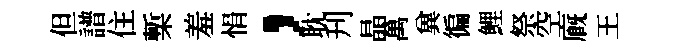
但譜住槧羞悁，耽刋晶萬兾徧鯉祭空廐王